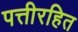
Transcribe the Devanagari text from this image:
पत्तीरहित